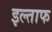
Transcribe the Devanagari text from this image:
इल्ताफ